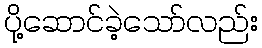
ပို့ဆောင်ခဲ့သော်လည်း